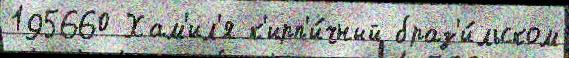
195660 Хам'ил'я к'ирп'и́чный браз'и́льском